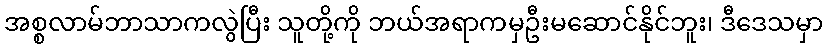
အစ္စလာမ်ဘာသာကလွဲပြီး သူတို့ကို ဘယ်အရာကမှဦးမဆောင်နိုင်ဘူး၊ ဒီဒေသမှာ